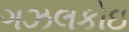
ગઝલકોઇ